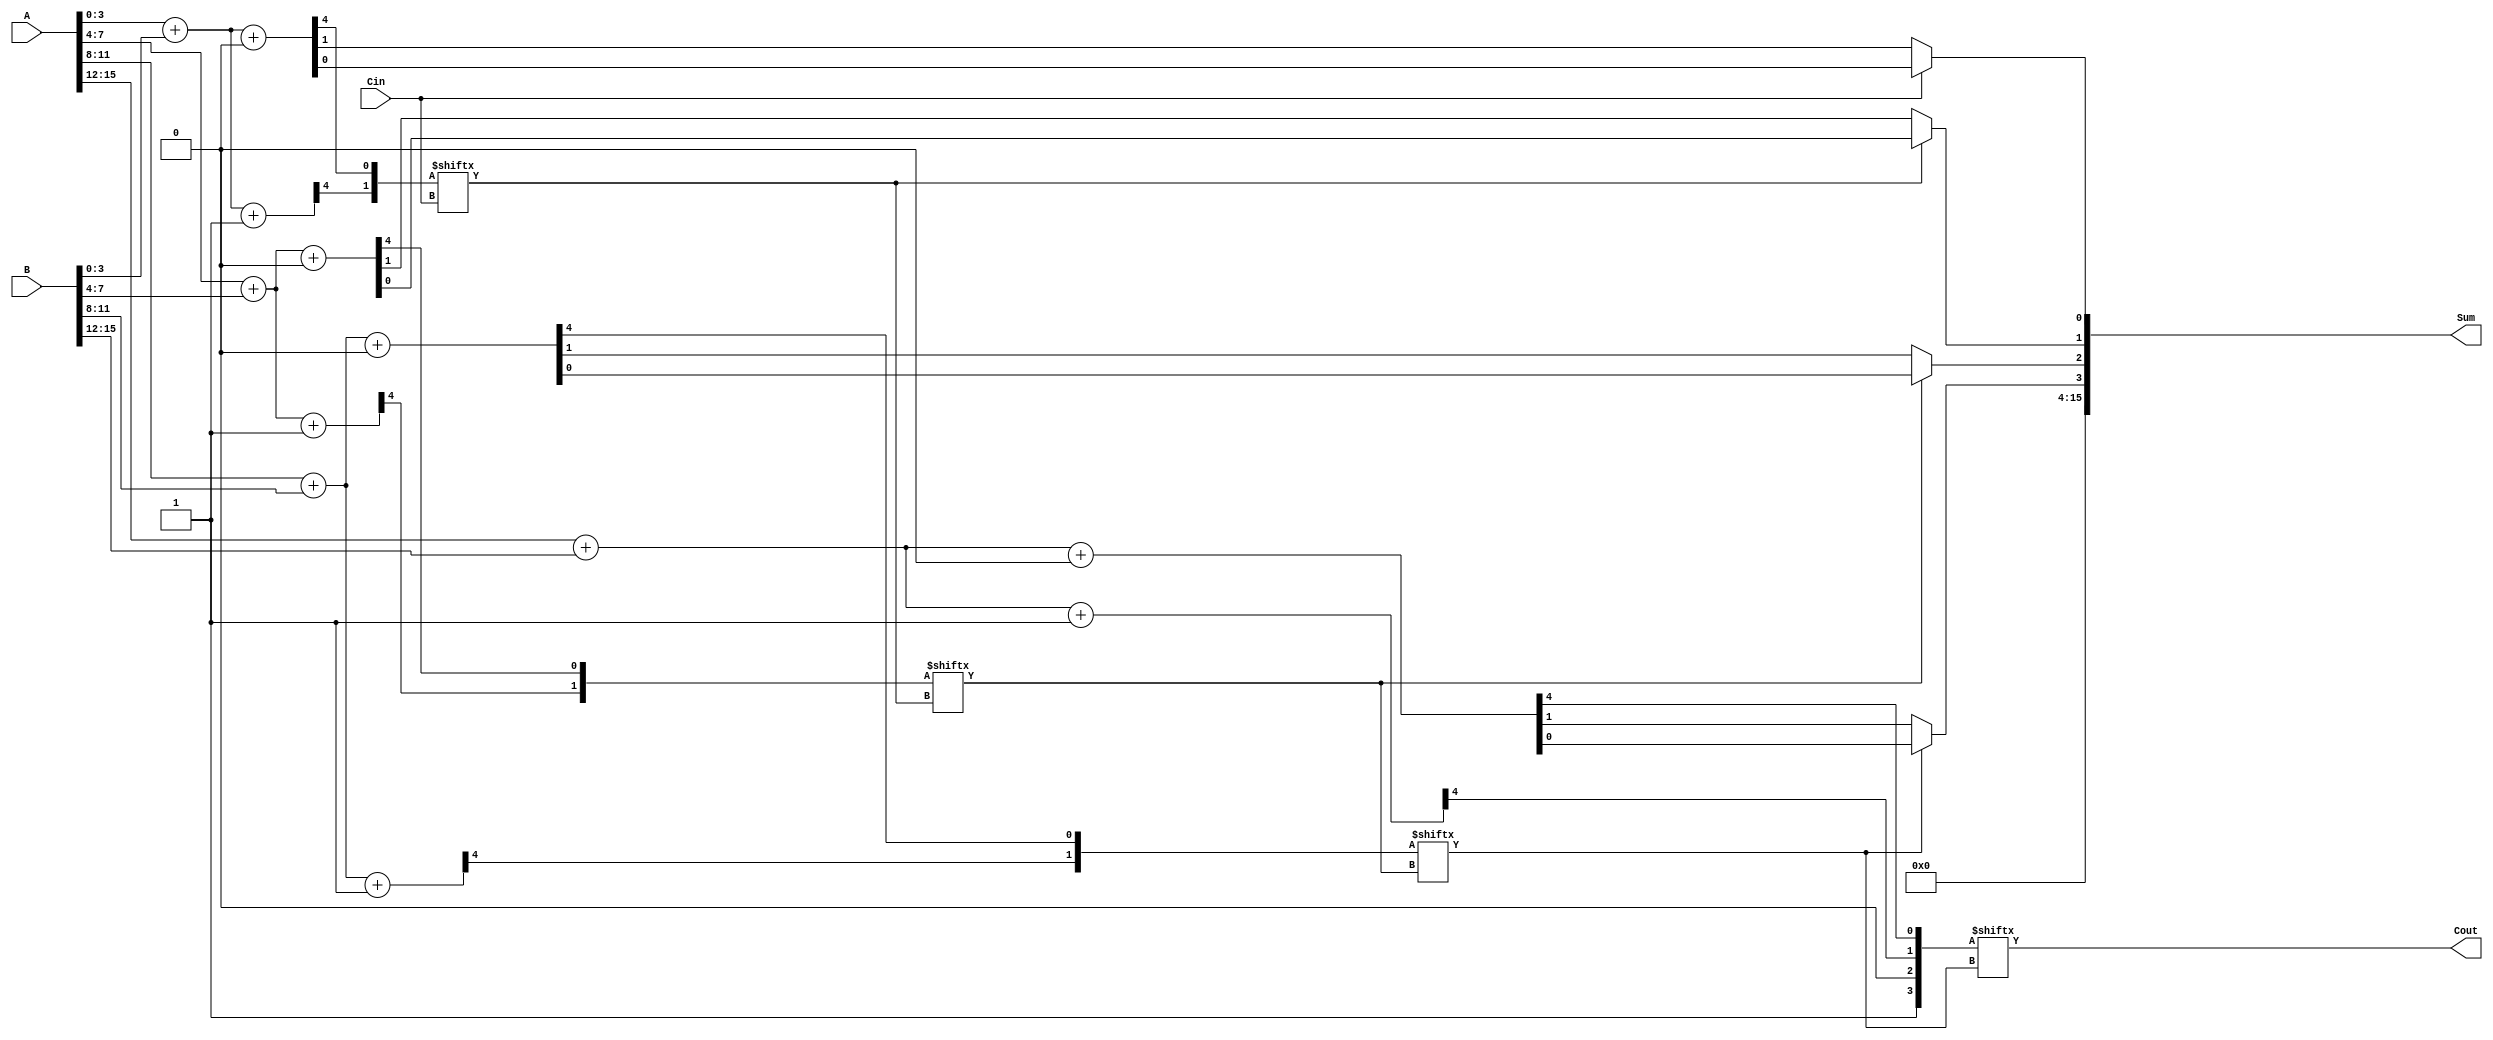
module Hybrid_Carry_Select_Adder (
    input [15:0] A,    // First 16-bit input
    input [15:0] B,    // Second 16-bit input
    input Cin,         // Carry-in
    output [15:0] Sum, // 16-bit sum output
    output Cout        // Carry-out
);

    // Internal wires for sums and carries
    wire [3:0] Sum0, Sum1, Sum2, Sum3; // Sums for segments
    wire [3:0] Carry0, Carry1, Carry2, Carry3; // Carries for segments
    wire [3:0] CarryOut; // Carry-out from each segment
    wire [3:0] MuxSum, MuxCarry; // Mux outputs for sum and carry

    // Segment 0
    assign {Carry0[0], Sum0} = A[3:0] + B[3:0] + 0; // Carry-in = 0
    assign {Carry0[1], Sum0} = A[3:0] + B[3:0] + 1; // Carry-in = 1

    // Segment 1
    assign {Carry1[0], Sum1} = A[7:4] + B[7:4] + 0; // Carry-in = 0
    assign {Carry1[1], Sum1} = A[7:4] + B[7:4] + 1; // Carry-in = 1

    // Segment 2
    assign {Carry2[0], Sum2} = A[11:8] + B[11:8] + 0; // Carry-in = 0
    assign {Carry2[1], Sum2} = A[11:8] + B[11:8] + 1; // Carry-in = 1

    // Segment 3
    assign {Carry3[0], Sum3} = A[15:12] + B[15:12] + 0; // Carry-in = 0
    assign {Carry3[1], Sum3} = A[15:12] + B[15:12] + 1; // Carry-in = 1

    // MUX selection for sums and carries based on previous carry-out
    assign MuxSum[0] = Cin ? Sum0[0] : Sum0[1];
    assign MuxSum[1] = Carry0[Cin] ? Sum1[0] : Sum1[1];
    assign MuxSum[2] = Carry1[Carry0[Cin]] ? Sum2[0] : Sum2[1];
    assign MuxSum[3] = Carry2[Carry1[Carry0[Cin]]] ? Sum3[0] : Sum3[1];

    assign Cout = Carry3[Carry2[Carry1[Carry0[Cin]]]];

    // Final sum output
    assign Sum = {MuxSum[3], MuxSum[2], MuxSum[1], MuxSum[0]};

endmodule